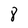
Character: 8